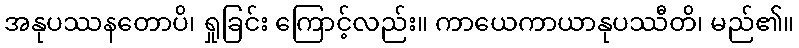
အနုပဿနတောပိ၊ ရှုခြင်း ကြောင့်လည်း။ ကာယေကာယာနုပဿီတိ၊ မည်၏။